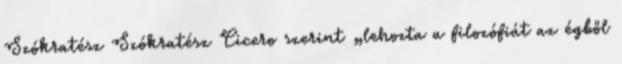
Szókratész Szókratész Cicero szerint „lehozta a filozófiát az égből